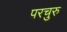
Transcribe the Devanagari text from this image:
परचुरु